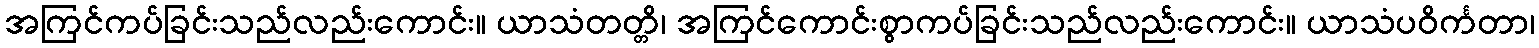
အကြင်ကပ်ခြင်းသည်လည်းကောင်း။ ယာသံတတ္တိ၊ အကြင်ကောင်းစွာကပ်ခြင်းသည်လည်းကောင်း။ ယာသံပဝိင်္ကတာ၊